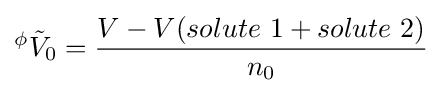
{}^{\phi }{\tilde {V}}_{0}={\frac {V-V(solute\ 1+solute\ 2)}{n_{0}}}